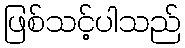
ဖြစ်သင့်ပါသည်